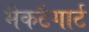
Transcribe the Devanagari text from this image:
मैकटैगार्ट